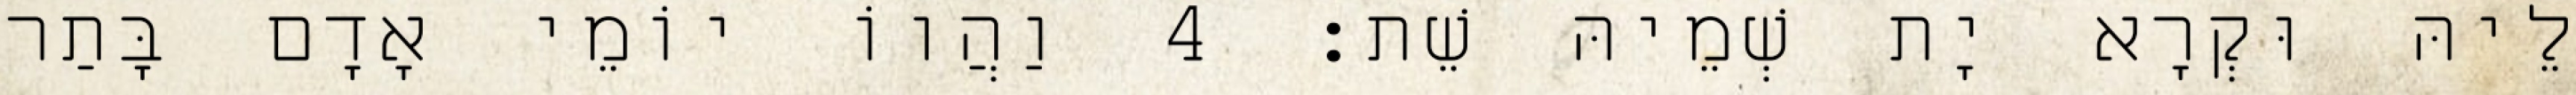
לֵיהּ וּקְרָא יָת שְׁמֵיהּ שֵׁת׃ 4 וַהֲווֹ יוֹמֵי אָדָם בָּתַר